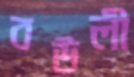
বউলী